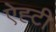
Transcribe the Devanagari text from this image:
ऐह्टी